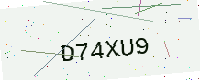
Text: D74XU9